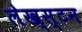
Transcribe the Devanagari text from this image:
लेख्स्टन